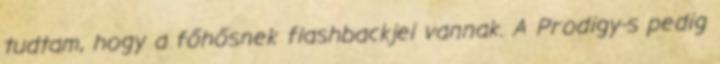
tudtam, hogy a főhősnek flashbackjei vannak. A Prodigy-s pedig